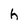
Character: h